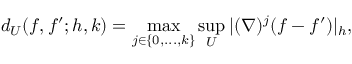
d _ { U } ( f , f ^ { \prime } ; h , k ) = \operatorname* { m a x } _ { j \in \{ 0 , . . . , k \} } \operatorname* { s u p } _ { U } | ( \nabla ) ^ { j } ( f - f ^ { \prime } ) | _ { h } ,